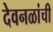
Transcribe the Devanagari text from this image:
देवनळांची